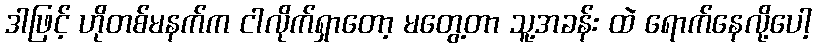
ဒါဖြင့် ဟိုတစ်မနက်က ငါလိုက်ရှာတော့ မတွေ့တာ သူ့အခန်း ထဲ ရောက်နေလို့ပေါ့